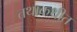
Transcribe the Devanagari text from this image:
तथाकथीत